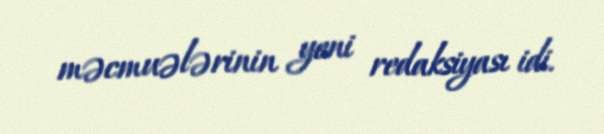
məcmuələrinin yeni redaksiyası idi.